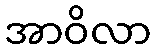
အာဝိလာ